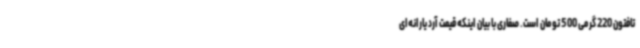
تافتون 220 گرمی 500 تومان است. صفاری با بیان اینکه قیمت آرد یارانه‌ای